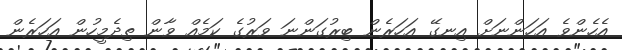
އެހެންވެ އަހަންނަށް އިނގޭ އަހަރެން ބިރުގަންނަ ވަރުގެ ކަމެއް ވާން ތިދެމީހުން އަހަރެން